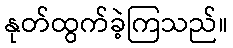
နုတ်ထွက်ခဲ့ကြသည်။